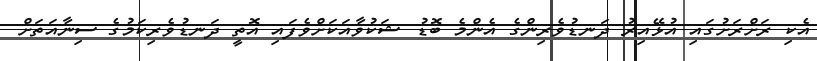
އެކި ރަށްރަށުގައި އުޅޭއިރު ދަނޑުވެރިންގެ އެންމެ ބޮޑު ޝަކުވާއަކަށްވެފައި އޮތީ ދަނޑުވެރިކަމުގެ ސިނާއަތަށް